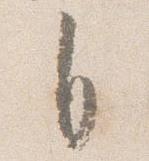
自